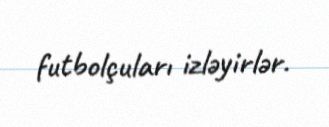
futbolçuları izləyirlər.